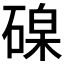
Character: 𥔟